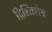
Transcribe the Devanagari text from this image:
द्रिश्तिशेत्र